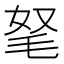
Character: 𣭄